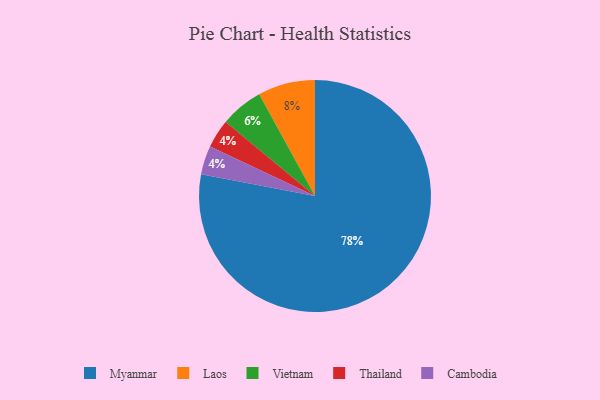
{"axis": {"x": "Category", "y": "Percentage"}, "legend": ["Cambodia", "Laos", "Myanmar", "Thailand", "Vietnam"], "data": [{"x": "Laos", "y": 8, "type": "Laos"}, {"x": "Thailand", "y": 4, "type": "Thailand"}, {"x": "Myanmar", "y": 78, "type": "Myanmar"}, {"x": "Cambodia", "y": 4, "type": "Cambodia"}, {"x": "Vietnam", "y": 6, "type": "Vietnam"}]}